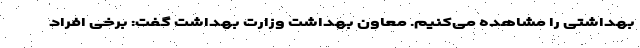
بهداشتی را مشاهده می‌کنیم. معاون بهداشت وزارت بهداشت گفت: برخی افراد